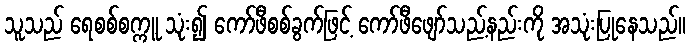
သူသည် ရေစစ်စက္ကူ သုံး၍ ကော်ဖီစစ်ခွက်ဖြင့် ကော်ဖီဖျော်သည့်နည်းကို အသုံးပြုနေသည်။